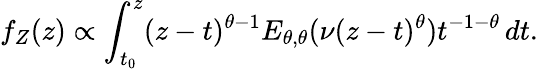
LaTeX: f_{Z}(z)\propto\int_{t_{0}}^{z}(z-t)^{\theta-1}E_{\theta,\theta}(\nu(z-t)^{\theta})t^{-1-\theta}\, dt.